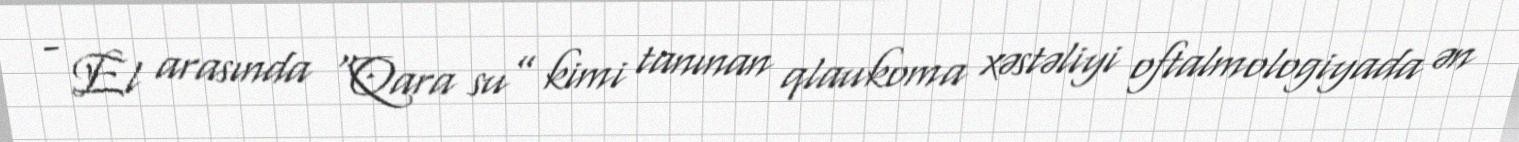
- El arasında “Qara su” kimi tanınan qlaukoma xəstəliyi oftalmologiyada ən